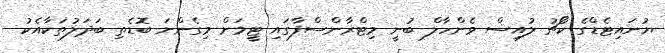
ޔުނައިޓެޑްގެ ކޯޗު ލުއިސް ވެންހާލް ބުނީ މިޓްރާންސްފާގައި ޓީމަށް މިގެންނަ ބޮޑެތި ބަދަލުތަކާއެެކު